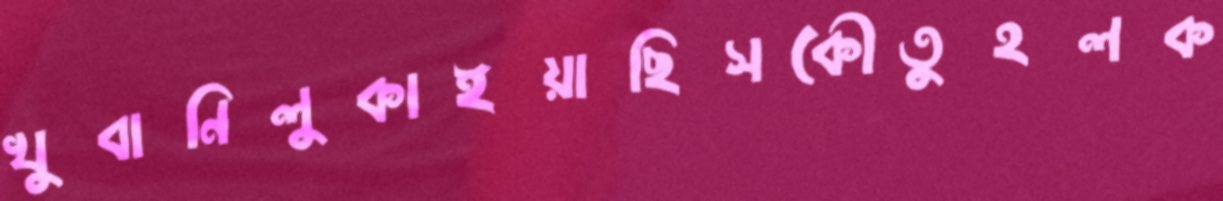
খুবানিলুকাইয়াছিসকৌতুহলক